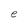
Character: e